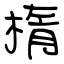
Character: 楕